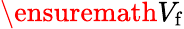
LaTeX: \ensuremath{V_{\mathrm{f}}}